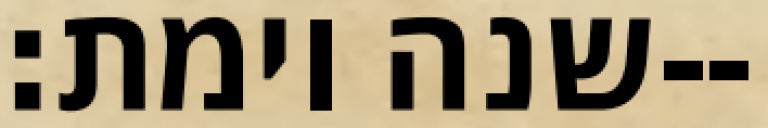
שנה וימת׃--